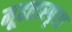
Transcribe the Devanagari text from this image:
मूढतास्पृष्टा